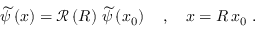
\begin{array} { r } { \widetilde { \psi } \left( \boldsymbol { x } \right) = \mathcal { R } \left( \boldsymbol { R } \right) \, \widetilde { \psi } \left( \boldsymbol { x } _ { 0 } \right) \quad , \quad \boldsymbol { x = R \, x } _ { 0 } \; . } \end{array}